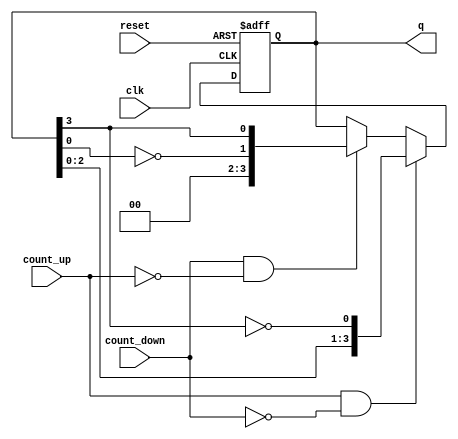
module bidirectional_johnson_counter (
    input wire clk,            // Clock signal
    input wire reset,          // Reset signal
    input wire count_up,       // Control signal to count up
    input wire count_down,     // Control signal to count down
    output reg [N-1:0] q       // Output state of the counter
);
    parameter N = 4;           // Number of flip-flops (can be adjusted)

    // Internal signal for the next state
    reg [N-1:0] next_state;

    always @(posedge clk or posedge reset) begin
        if (reset) begin
            q <= 0;            // Reset the counter to 0
        end else begin
            q <= next_state;   // Update the state on clock edge
        end
    end

    always @(*) begin
        // Default next state to current state
        next_state = q;

        if (count_up && !count_down) begin
            // Johnson counting up logic
            next_state = {q[N-2:0], ~q[N-1]}; // Shift left and invert last bit
        end else if (count_down && !count_up) begin
            // Johnson counting down logic
            next_state = {~q[0], q[N-1:N-1]}; // Shift right and invert first bit
        end
    end
endmodule